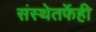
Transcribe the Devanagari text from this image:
संस्थेतर्फेही